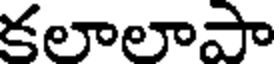
కలాలాపా